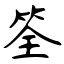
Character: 筌